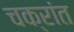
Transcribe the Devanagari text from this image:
चक्रांत